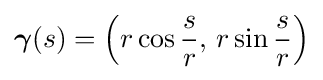
{\boldsymbol {\gamma }}(s)=\left(r\cos {\frac {s}{r}},\,r\sin {\frac {s}{r}}\right)